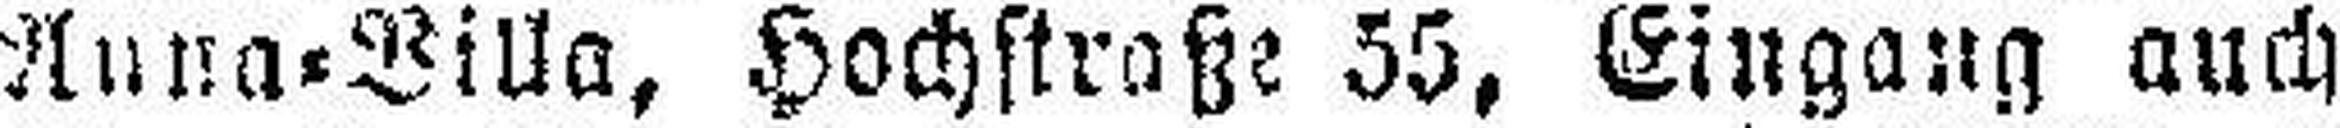
Anna=Villa, Hochstraße 55, Eingang auch